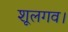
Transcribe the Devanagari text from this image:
शूलगव।